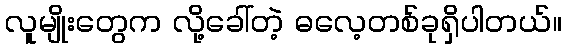
လူမျိုးတွေက လို့ခေါ်တဲ့ ဓလေ့တစ်ခုရှိပါတယ်။